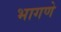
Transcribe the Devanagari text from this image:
भागणे